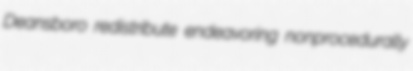
Deansboro redistribute endeavoring nonprocedurally